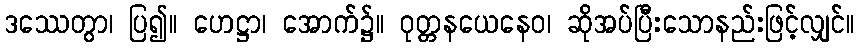
ဒဿေတွာ၊ ပြ၍။ ဟေဋ္ဌာ၊ အောက်၌။ ဝုတ္တနယေနေဝ၊ ဆိုအပ်ပြီးသောနည်းဖြင့်လျှင်။